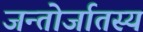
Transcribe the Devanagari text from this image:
जन्तोर्जातस्य